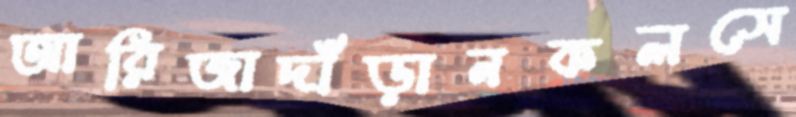
আরিজাদাঁড়ানকলসে